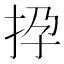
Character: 𢫡